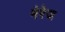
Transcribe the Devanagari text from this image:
मेरेज